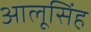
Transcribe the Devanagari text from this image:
आलूसिंह